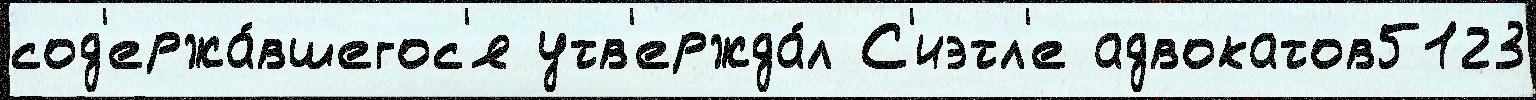
сод'ержа́вшегос'я утв'ержда́л С'иэтл'е адвокатов5123